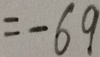
= - 6 9